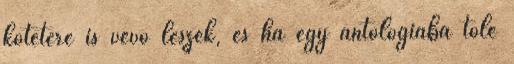
kötetére is vevő leszek, és ha egy antológiába tőle